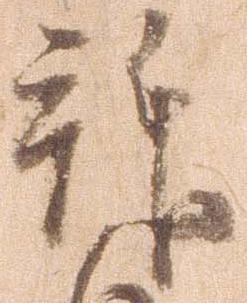
拝